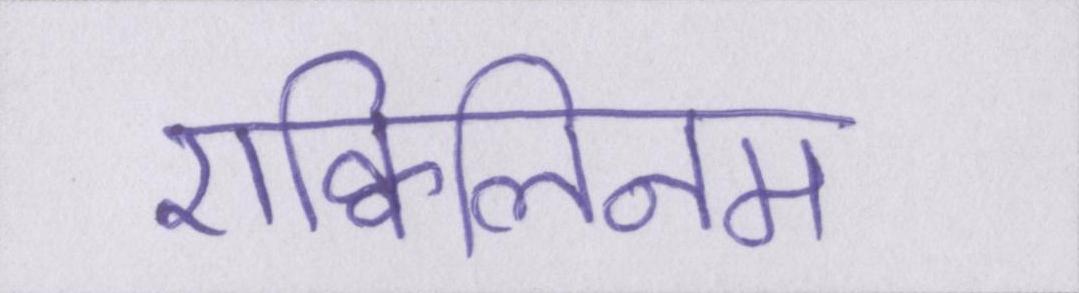
एक्विलिनम